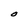
Character: O